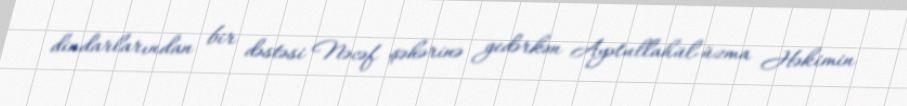
dindarlarından bir dəstəsi Nəcəf şəhərinə gedərkən Ayətullahül-üzma Həkimin